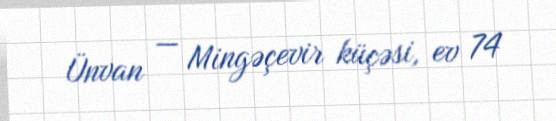
Ünvan — Mingəçevir küçəsi, ev 74